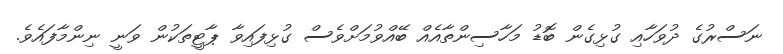
ނަސްރުގެ ދުވަހާއި ގުޅިގެން ބޮޑު މަހާސިންތާއެއް ބޭއްވުމަށްވެސް ގުޅިފައިވާ ޕާޓީތަކުން ވަނީ ނިންމާފައެވެ.